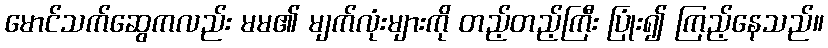
မောင်သက်ဆွေကလည်း မမ၏ မျက်လုံးများကို တည့်တည့်ကြီး ပြုံး၍ ကြည့်နေသည်။